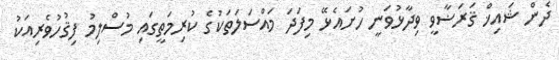
ދެން ޝައިޚް ޤަރަޟާވީ ވިދާޅުވަނީ ހުށައެޅޭ މިފަދަ މައްސަލަތަކުގެ ކުރިމަތީގައި މުސްލިމު ފިޤުހުވެރިއަކު